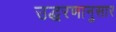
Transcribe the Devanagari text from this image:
उद्धरणानुसार